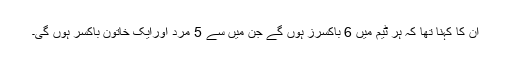
ان کا کہنا تھا کہ ہر ٹیم میں 6 باکسرز ہوں گے جن میں سے 5 مرد اورایک خاتون باکسر ہوں گی۔